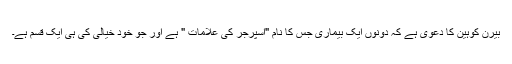
بیرن کوہین کا دعویٰ ہے کہ دونوں ایک بیماری جس کا نام "اسپرجر کی علامات " ہے اور جو خود خیالی کی ہی ایک قسم ہے۔